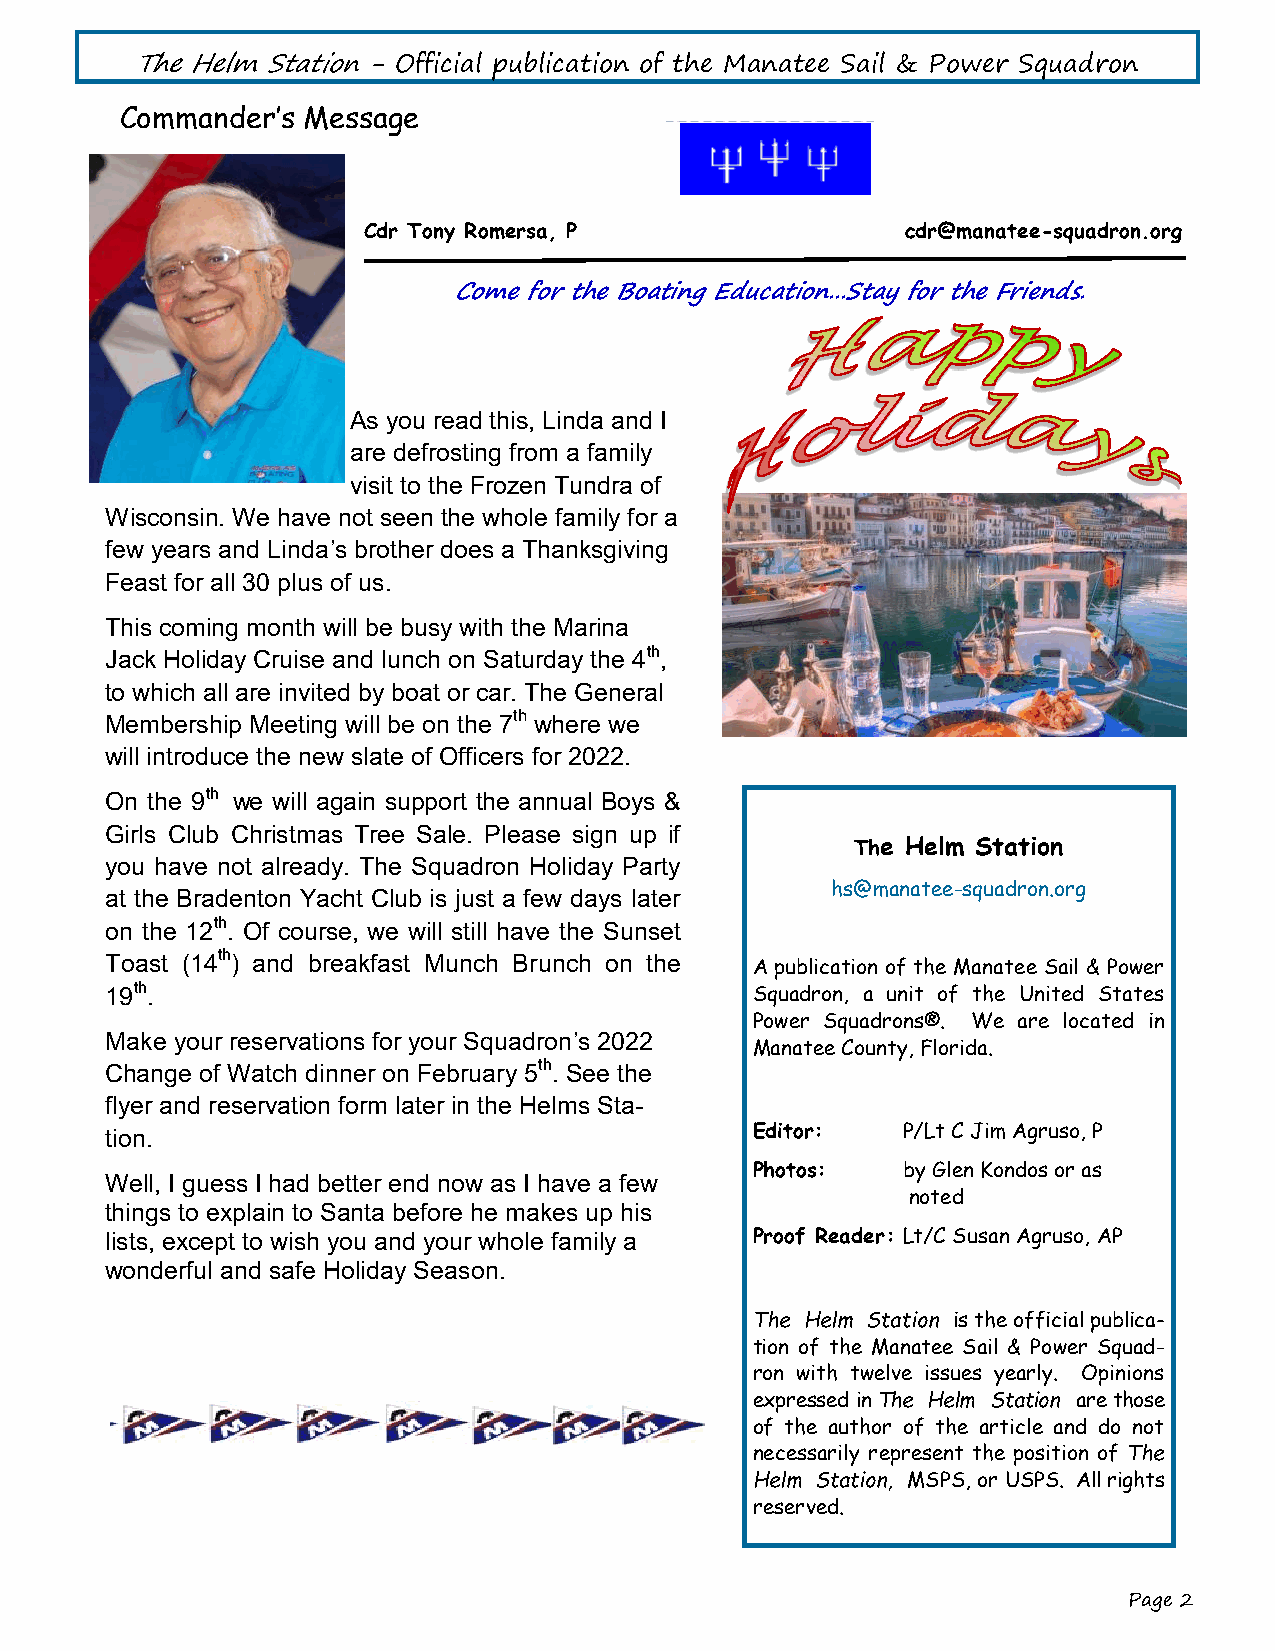
The Helm Station - Official publication of the Manatee Sail & Power Squadron
 Commander’s Message
 Cdr Tony Romersa, P                 cdr@manatee-squadron.org
 Come for the Boating Education...Stay for the Friends.
 As you read this, Linda and I
 are defrosting from a family
 visit to the Frozen Tundra of
 Wisconsin. We have not seen the whole family for a
 few years and Linda’s brother does a Thanksgiving
 Feast for all 30 plus of us.
 This coming month will be busy with the Marina
 Jack Holiday Cruise and lunch on Saturday the 4th,
 to which all are invited by boat or car. The General
 Membership Meeting will be on the 7th where we
 will introduce the new slate of Officers for 2022.
 On the 9th we will again support the annual Boys &
 Girls Club Christmas Tree Sale. Please sign up if
 The Helm Station
 you have not already. The Squadron Holiday Party
 hs@manatee-squadron.org
 at the Bradenton Yacht Club is just a few days later
 on the 12th. Of course, we will still have the Sunset
 Toast (14th) and breakfast Munch Brunch on the
 A publication of the Manatee Sail & Power
 19th.                                      Squadron, a unit of the United States
 Power Squadrons®. We are located in
 Make your reservations for your Squadron’s 2022
 Manatee County, Florida.
 Change of Watch dinner on February 5th. See the
 flyer and reservation form later in the Helms Sta-
 tion.                                      Editor:   P/Lt C Jim Agruso, P
 Photos:   by Glen Kondos or as
 Well, I guess I had better end now as I have a few
 noted
 things to explain to Santa before he makes up his
 lists, except to wish you and your whole family a Proof Reader: Lt/C Susan Agruso, AP
 wonderful and safe Holiday Season.
 The Helm Station is the official publica-
 tion of the Manatee Sail & Power Squad-
 ron with twelve issues yearly. Opinions
 expressed in The Helm Station are those
 of the author of the article and do not
 necessarily represent the position of The
 Helm Station, MSPS, or USPS. All rights
 reserved.
 Page 2